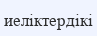
иеліктердікі